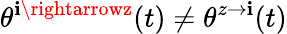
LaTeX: \theta^{\mathbf{i}\rightarrowz}(t)\neq\theta^{z\rightarrow\mathbf{i}}(t)